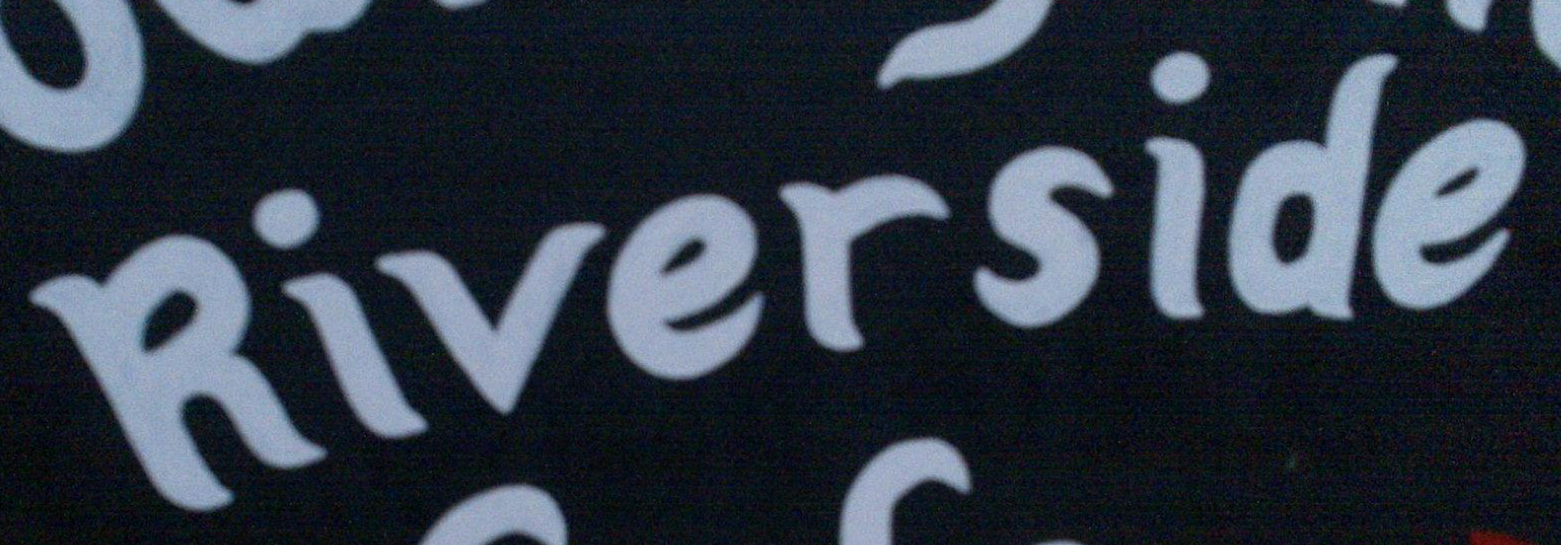
Riverside